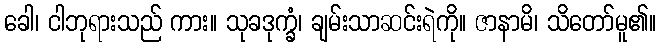
ခေါ၊ ငါဘုရားသည် ကား။ သုခဒုက္ခံ၊ ချမ်းသာဆင်းရဲကို။ ဇာနာမိ၊ သိတော်မူ၏။